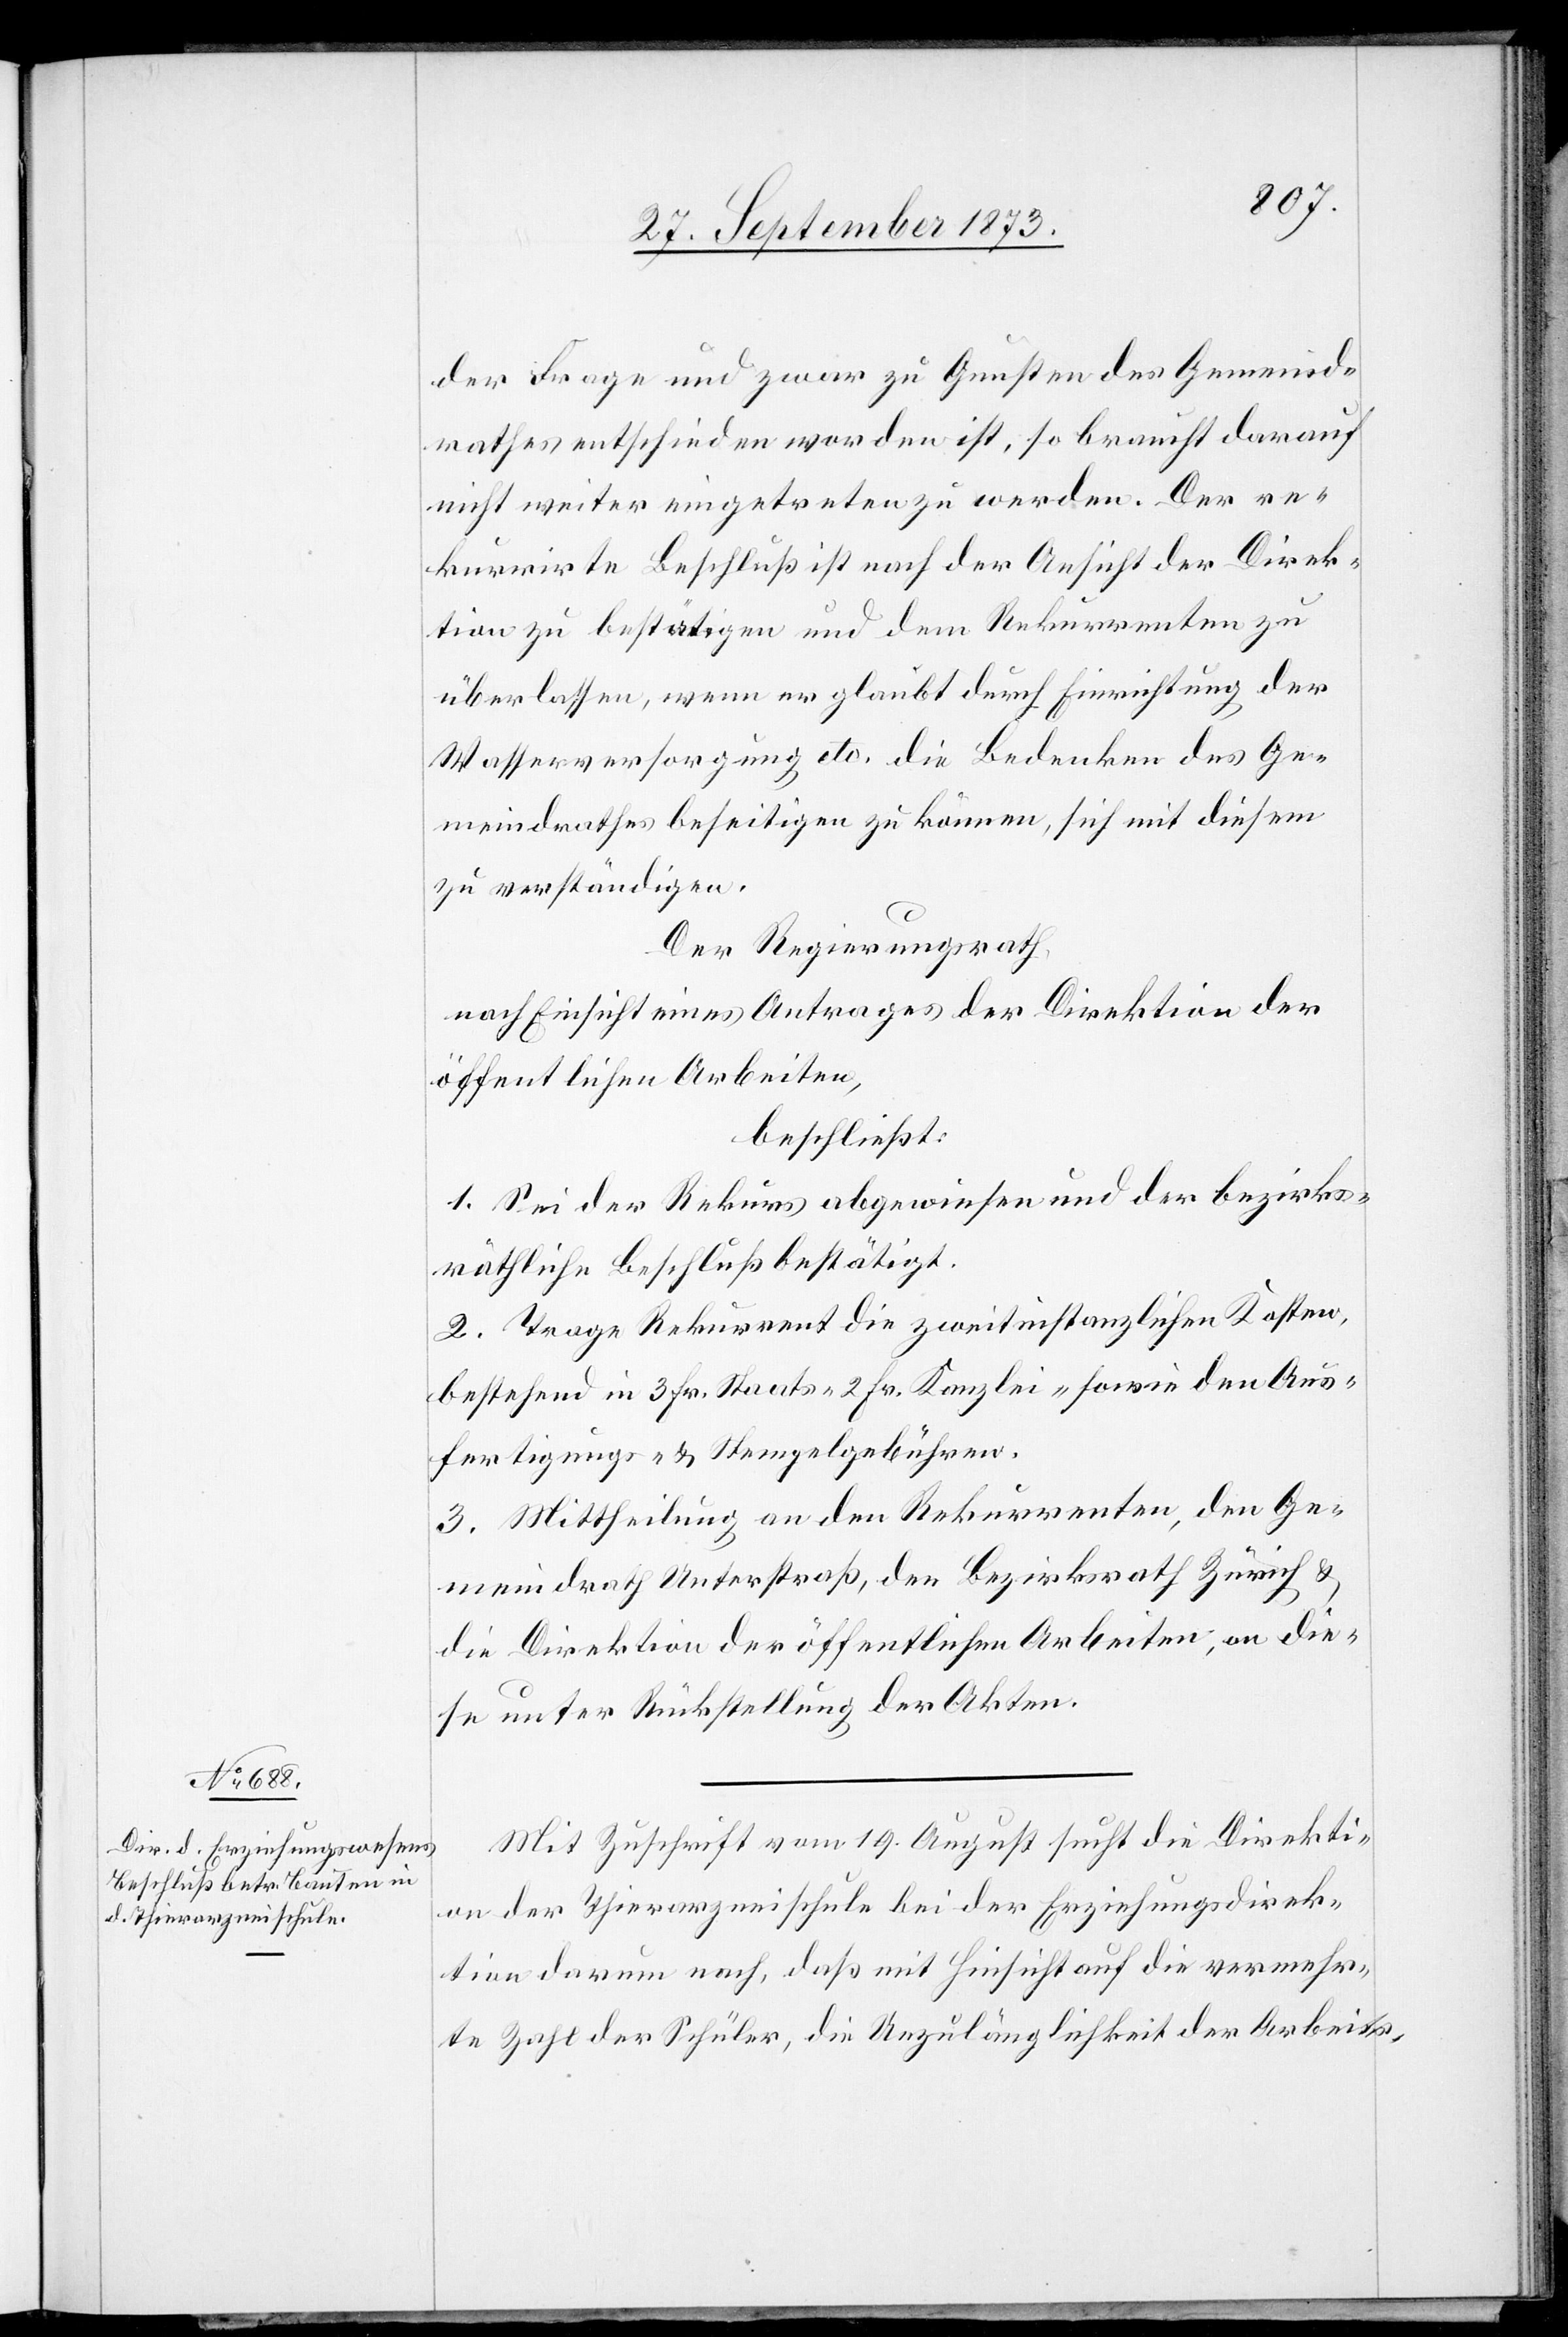
der Frage und zwar zu Gunsten des Gemeind¬
rathes entschieden worden ist, so braucht darauf
nicht weiter eingetreten zu werden. Der re¬
kurrirte Beschluß ist nach der Ansicht der Direk¬
tion zu bestätigen und dem Rekurrenten zu
überlassen, wenn er glaubt durch Einrichtung der
Wasserversorgung etc. die Bedenken des Ge¬
meindrathes beseitigen zu können, sich mit diesem
zu verständigen.
Der Regierungsrath,
nach Einsicht eines Antrages der Direktion der
öffentlichen Arbeiten,
beschließt:
1. Sei der Rekurs abgewiesen und der bezirks¬
räthliche Beschluß bestätigt.
2. Trage Rekurrent die zweitinstanzlichen Kosten,
bestehend in 3 Fr. Staats- 2 Fr. Kanzlei- sowie den Aus¬
fertigungs- & Stempelgebühren.
3. Mittheilung an den Rekurrenten, den Ge¬
meindrath Unterstraß, den Bezirksrath Zürich &
die Direktion der öffentlichen Arbeiten, an die¬
se unter Rückstellung der Akten.
Mit Zuschrift vom 19. August sucht die Direkti¬
on der Thierarzneischule bei der Erziehungsdirek¬
tion darum nach, daß mit Hinsicht auf die vermehr¬
te Zahl der Schüler, die Unzulänglichkeit der Arbeits-